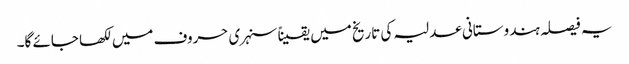
یہ فیصلہ ہندوستانی عدلیہ کی تاریخ میں یقیناً سنہری حروف میں لکھا جائے گا۔